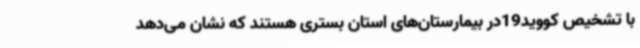
با تشخیص کووید19در بیمارستان‌های استان بستری هستند که نشان می‌دهد